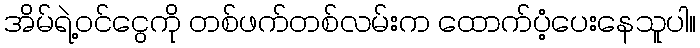
အိမ်ရဲ့ဝင်ငွေကို တစ်ဖက်တစ်လမ်းက ထောက်ပံ့ပေးနေသူပါ။